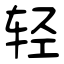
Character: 轻